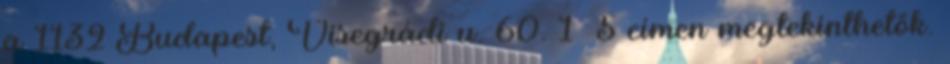
a 1132 Budapest, Visegrádi u. 60. 1 5 címen megtekinthetők.